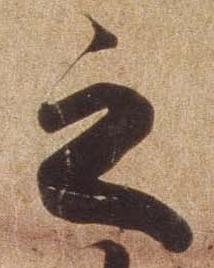
之